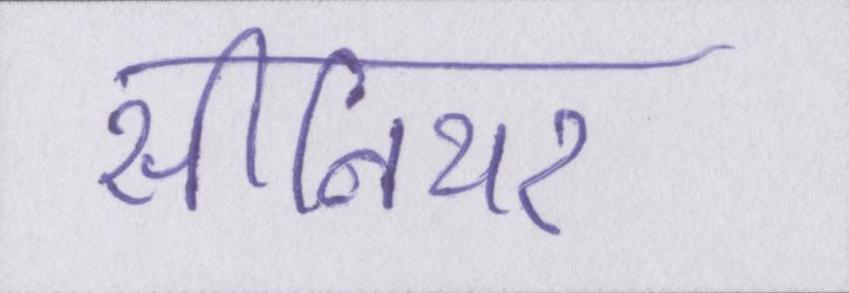
सीनियर